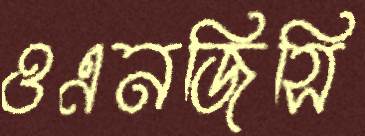
ওএনজিসি